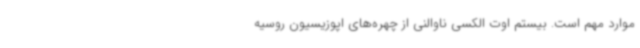
موارد مهم است. بیستم اوت الکسی ناوالنی از چهره‌های اپوزیسیون روسیه